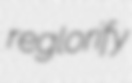
reglorify